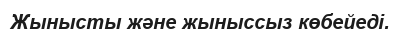
Жынысты және жыныссыз көбейеді.